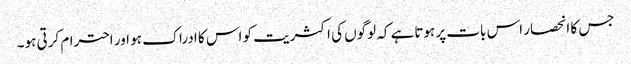
جس کا انحصار اس بات پر ہوتاہے کہ لوگوں کی اکثریت کو اس کا ادراک ہو اور احترام کرتی ہو۔